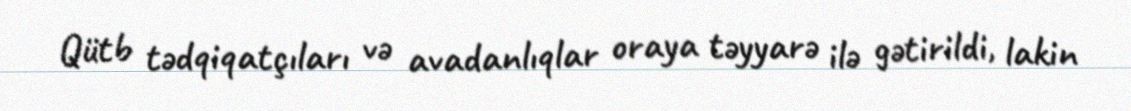
Qütb tədqiqatçıları və avadanlıqlar oraya təyyarə ilə gətirildi, lakin